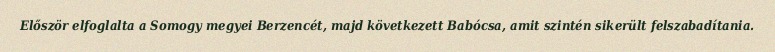
Először elfoglalta a Somogy megyei Berzencét, majd következett Babócsa, amit szintén sikerült felszabadítania.